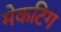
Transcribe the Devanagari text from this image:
मेकटिग